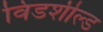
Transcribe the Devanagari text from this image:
विंडशील्‍ड